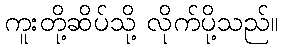
ကူးတို့ဆိပ်သို့ လိုက်ပို့သည်။